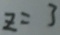
z = 3